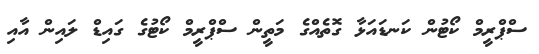
ސްޕްރީމް ކޯޓުން ކަނޑައަޅާ ގޮތެއްގެ މަތީން ސްޕްރީމް ކޯޓުގެ ގައިޑް ލައިން އާއި